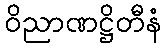
ဝိညာဏဋ္ဌိတီနံ